Lunatic asylums Madras 1877-1891 - 1877-1891
Year: 1877
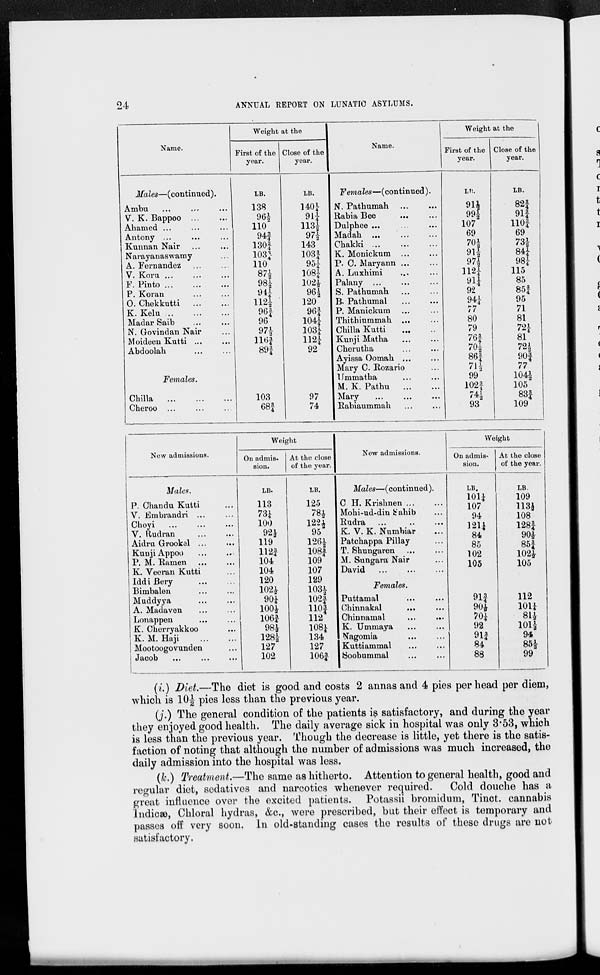
24
ANNUAL REPORT ON LUNATIC ASYLUMS.
Name.
Males—(continued).
Ambu
...
...
...
V. K. Bappoo
...
...
Ahamed ... ... ...
Antony ... ... ..
Kurman Nair ... ...
Narayanaswamy ...
A. Fernandez ... ...
V. Koru
...
...
...
F. Pinto
...
...
...
P. Koran ... ...
O. Chekkutti ... ...
K. Kelu
...
...
...
Madar Saib ... ...
N. Grovindan Nair ...
Moideen Kutti ... ...
Abdoolah
...
...
Females.
Chilla ... ... ...
Cheroo ... ... ...
Weight at the
First of the
year.
LB.
138
96½
110
94¾
130¾
103¾
110
87½
98½
94¼
112½
96¾
96
97½
116¾
89¾
103
68¾
Close of the
year.
LB.
140¼
91¼
113½
97½
143
108¾
95¼
108¼
102½
96½
120
96¾
104¼
103¼
112¼
92
97
74
Name.
Females—(continued).
N. Pathuman ... ...
Rabia Bee ... ...
Dulphee ... ... ...
Madah ... ... ...
Chakki ... ... ...
K. Monicknm ... ...
P. C. Maryann ... ...
A. Luxhimi ... ...
Palany ... ... ...
S. Pathumah ... ...
B. Pathumal ... ...
P. Manickum ... ...
Thithiummah ... ...
Chilla Kutti
...
...
Kunji Matha ... ...
Cherutha ... ...
Ayissa Oomah ... ...
Mary C. Rozario ...
Ummatha ... ...
M. K. Patbu ... ...
Mary
...
...
...
Rabiaummah ... ...
Weight at the
First of the
year.
LB.
91½
99½
107
69
70½
91½
97½
112¼
91¼
92
94¼
77
80
79
76¾
70½
86¾
71½
99
102¾
74½
93
Close of the
year.
LB.
82¾
9l¾
110¾
69
73½
84¼
98¼
115
85
85¾
95
71
81
72¼
81
72½
90¾
77
104½
105
83¾
109
New admissions.
Males.
P. Chandu Kutti ...
V. Embrandri ... ...
Choyi
...
...
...
V. Rudran ... ...
Aidru Grookel
...
...
Kunji Appoo ... ...
P. M. Ramen ... ...
K. Veeran Kutti ...
Iddi Bery ... ...
Bimbalen
...
...
Muddyya ... ...
A. Madaven ... ...
Lonappen
...
...
K. Cherryakkoo ...
K. M. Haji
...
...
Mootoogovunden ...
Jacob ... ... ...
Weight
On admis-
sion.
LB.
113
73¼
100
92½
119
112¾
104
104
120
102½
90¼
100½
106¾
98½
128½
127
102
At the close
of the year.
LB.
125
78½
122½
95
126½
108¾
109
107
129
103½
102¾
110¾
112
108¼
134
127
106¾
New admissions.
Males—(continued).
C H. Krishnen ... ...
Mohi-ud-din Sahib ...
Rudra ... ... ...
K. V. K. Numbiar ...
Patchappa Pillay ...
T. Sbungaren
...
...
M. Sungara Nair ...
David
...
...
...
Females.
Puttamal ... ...
Chinnakal ... ...
Chinnamal
...
...
K. Ummaya
...
...
Nagomia
...
...
Kuttiammal
...
...
Soobummal
...
...
Weight
On admis-
sion.
LB.
101¼
107
94 121¼
84
85
102
105
91¾
90½
70¼
92
91¾
84
88
At the close
of the year.
LB.
109
113½
108 128¾
90½
85¾
102½
105
112
101¼
81½
101½
94
85½
99
(i.) Diet.—The diet is good and costs 2 annas and 4 pies per head per diem,
which is 10½ pies less than the previous year.
(j.) The general condition of the patients is satisfactory, and during the year
they enjoyed good health. The daily average sick in hospital was only 3.53, which
is less than the previous year. Though the decrease is little, yet there is the satis-
faction of noting that although the number of admissions was much increased, the
daily admission into the hospital was less.
(k.) Treatment.—The same as hitherto. Attention to general health, good and
regular diet, sedatives and narcotics whenever required. Cold douche has a
great influence over the excited patients. Potassii bromidum, Tinct. cannabis
Indicæ, Chloral hydras, &c., were prescribed, but their effect is temporary and
passes off very soon. In old-standing cases the results of these drugs are not
satisfactory.